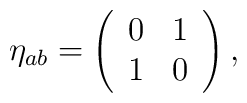
\eta_{ab} =\left( \begin{array}{cc}  0 &  1 \\1 & 0 \end{array}\right),